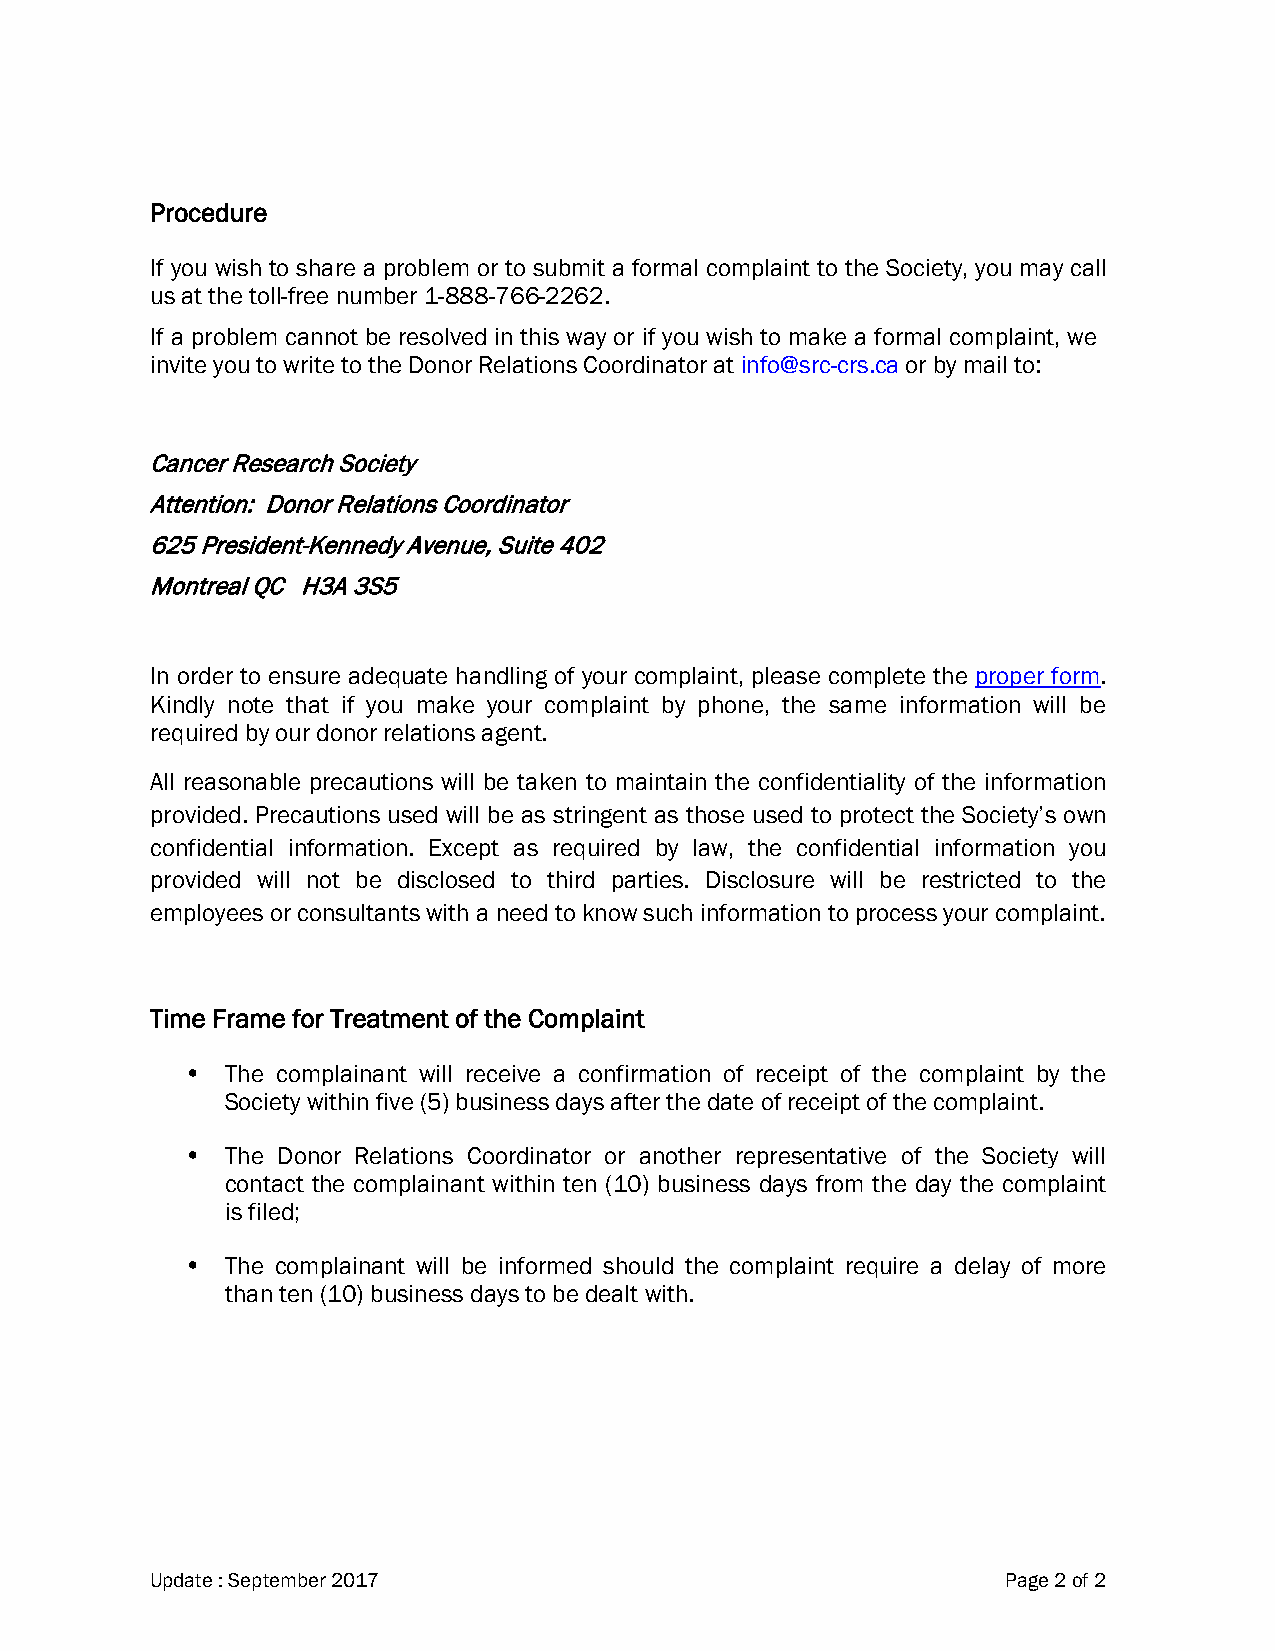
Procedure
 If you wish to share a problem or to submit a formal complaint to the Society, you may call
 us at the toll-free number 1-888-766-2262.
 If a problem cannot be resolved in this way or if you wish to make a formal complaint, we
 invite you to write to the Donor Relations Coordinator at info@src-crs.ca or by mail to:
 Cancer Research Society
 Attention: Donor Relations Coordinator
 625 President-Kennedy Avenue, Suite 402
 Montreal QC H3A 3S5
 In order to ensure adequate handling of your complaint, please complete the proper form.
 Kindly note that if you make your complaint by phone, the same information will be
 required by our donor relations agent.
 All reasonable precautions will be taken to maintain the confidentiality of the information
 provided. Precautions used will be as stringent as those used to protect the Society’s own
 confidential information. Except as required by law, the confidential information you
 provided will not be disclosed to third parties. Disclosure will be restricted to the
 employees or consultants with a need to know such information to process your complaint.
 Time Frame for Treatment of the Complaint
 •  The complainant will receive a confirmation of receipt of the complaint by the
 Society within five (5) business days after the date of receipt of the complaint.
 •  The Donor Relations Coordinator or another representative of the Society will
 contact the complainant within ten (10) business days from the day the complaint
 is filed;
 •  The complainant will be informed should the complaint require a delay of more
 than ten (10) business days to be dealt with.
 Update : September 2017                                  Page 2 of 2